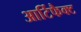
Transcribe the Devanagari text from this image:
आर्टिफैक्ट